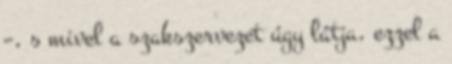
–, s mivel a szakszervezet úgy látja, ezzel a